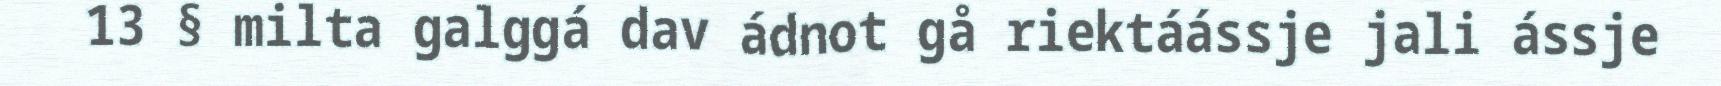
13 § milta galggá dav ádnot gå riektáássje jali ássje